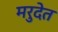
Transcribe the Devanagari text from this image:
मरुदेत